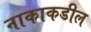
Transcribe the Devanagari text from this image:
नाकाकडील